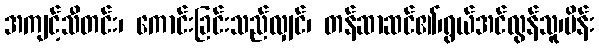
အကျင့်သီတင်း၊ ကောင်းခြင်းသည်လျှင်၊ တန်ဆာဆင်၏၊ရွယ်အင်လွန်သူ၊မိန်း